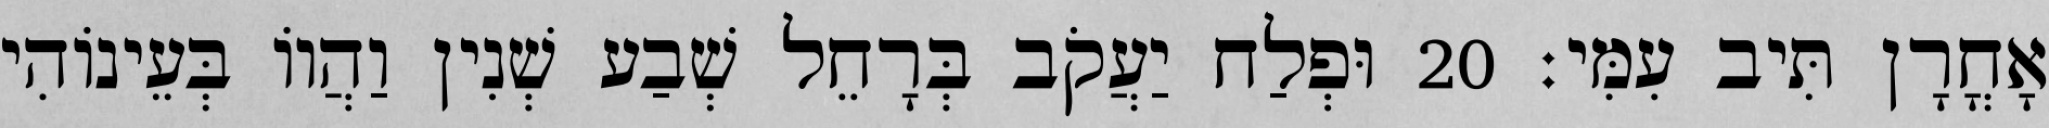
אָחֳרָן תִּיב עִמִּי׃ 20 וּפְלַח יַעֲקֹב בְּרָחֵל שְׁבַע שְׁנִין וַהֲווֹ בְּעֵינוֹהִי